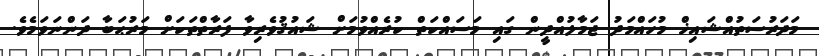
މަދަރުސަތުއްޝައިޚް މުހައްމަދު ޖަމާލުއްދީން ގައި މަސައްކަތް ކުރެއްވުމަށް ޝައުޤުވެރިވާ ފަރާތްތަކަށް މަރުޙަބާ ދަންނަވަމެވެ.